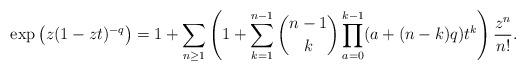
LaTeX: \begin{gather*}\exp\big(z (1-zt)^{-q}\big)=1+\sum_{n \ge 1} \left( 1+\sum_{k=1}^{n-1} {n-1 \choose k} \prod_{a=0}^{k-1}(a+(n-k) q) t^{k} \right) {z^n \over n!}.\end{gather*}